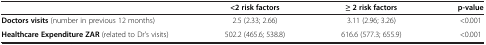
<table><thead><tr><td><b> </b></td><td><b>&lt;2 risk factors</b></td><td><b>≥ 2 risk factors</b></td><td><b>p-value</b></td></tr></thead><tbody><tr><td><b>Doctors visits</b> (number in previous 12 months)</td><td>2.5 (2.33; 2.66)</td><td>3.11 (2.96; 3.26)</td><td>&lt;0.001</td></tr><tr><td><b>Healthcare Expenditure ZAR</b> (related to Dr’s visits)</td><td>502.2 (465.6; 538.8)</td><td>616.6 (577.3; 655.9)</td><td>&lt;0.001</td></tr></tbody></table>